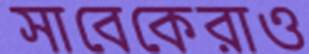
সাবেকেরাও